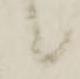
候